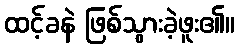
ထင့်ခနဲ ဖြစ်သွားခဲ့ဖူး၏။